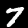
Label: 7